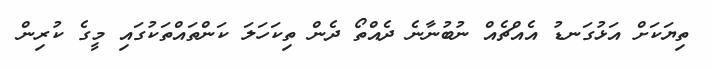
ތިޔަކަށް އަޅުގަނޑު އެއްޗެއް ނުބުނާނެ ދެއްތޯ ދެން ތިކަހަލަ ކަންތައްތަކުގައި މީގެ ކުރިން